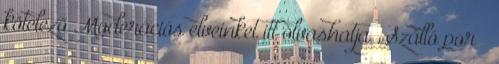
kötelező Moderációs elveinket itt olvashatja . Szálló por –